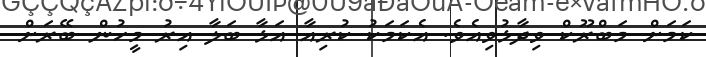
ކަމަށް މަބްރޫކް ވިދާޅުވިއެވެ. އެކަމަކު ކުރިއާ އަޅާ ބަލާ އިރު މީހުން ބޭރަށް